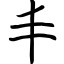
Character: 丰